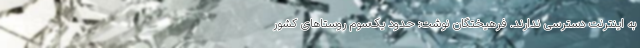
به اینترنت دسترسی ندارند. فرهیختگان نوشت: حدود یک‌سوم روستاهای کشور